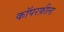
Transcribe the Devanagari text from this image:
कॉपरफ़ील्ड